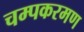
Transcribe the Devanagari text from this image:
चम्पकरमण